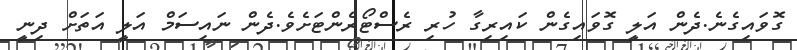
ގޮވައިގެނެ.ދެން އަލީ ގޮވައިގެން ކައިރިގާ ހުރި ރެސްޓޯރެންޓަށެވެ.ދެން ނައިސަމް އަލީ އަތަށް ދިނީ